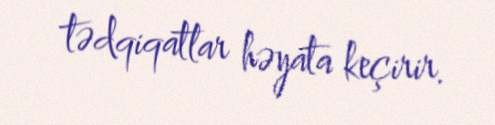
tədqiqatlar həyata keçirir.